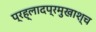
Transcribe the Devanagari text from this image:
प्रह्लादप्रमुखाश्च